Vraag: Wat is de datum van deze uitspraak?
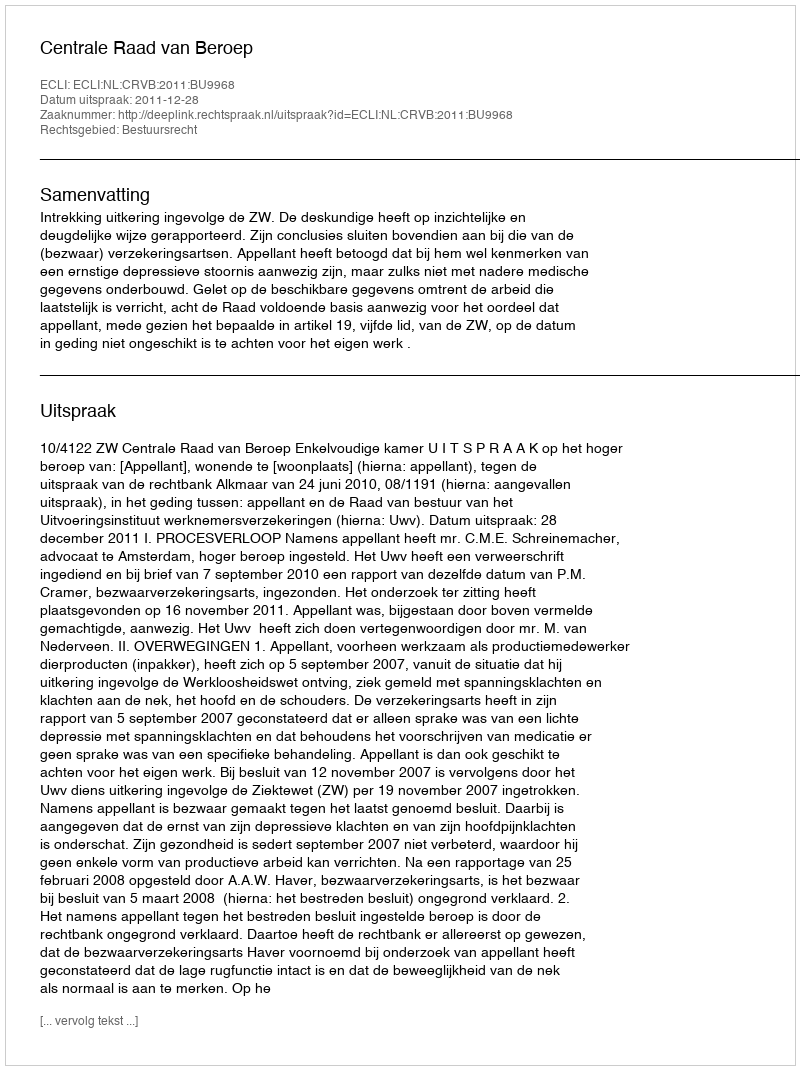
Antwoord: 2011-12-28